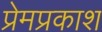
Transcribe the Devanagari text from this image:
प्रेमप्रकाश